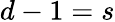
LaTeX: d-1=s